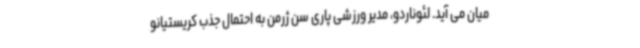
میان می آید. لئوناردو، مدیر ورزشی پاری سن ژرمن به احتمال جذب کریستیانو